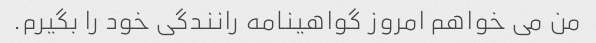
من می خواهم امروز گواهینامه رانندگی خود را بگیرم.